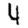
Digit: 4